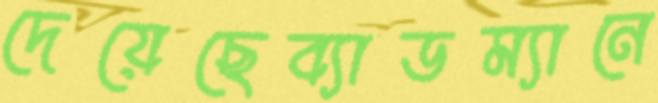
দেয়েছেব্যাডম্যানে